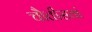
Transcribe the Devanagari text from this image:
चौतीसवां